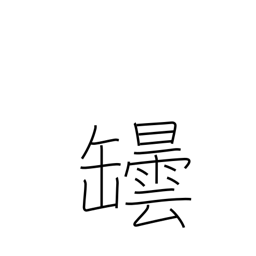
Meaning: bottle